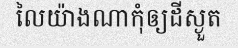
លៃយ៉ាងណាកុំឲ្យដីស្ងួត